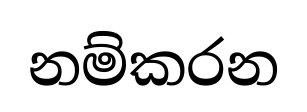
නම්කරන